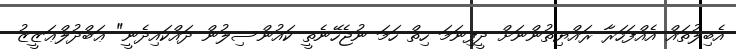
އެބިލުތައް އެއްފަހަރާ ރައްޔިތުންނަށް ދީފިނަމަ ހިތް ހަމަ ނުޖެހޭނެތީ ކައުންސިލުން ދައްކައިދެނީ" ޢަބްދުލްޢަޒީޒު